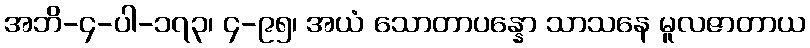
အဘိ-၄-ပါ-၁၇၃၊ ၄-၉၅၊ အယံ သောတာပန္နော သာသနေ မူလဇာတာယ